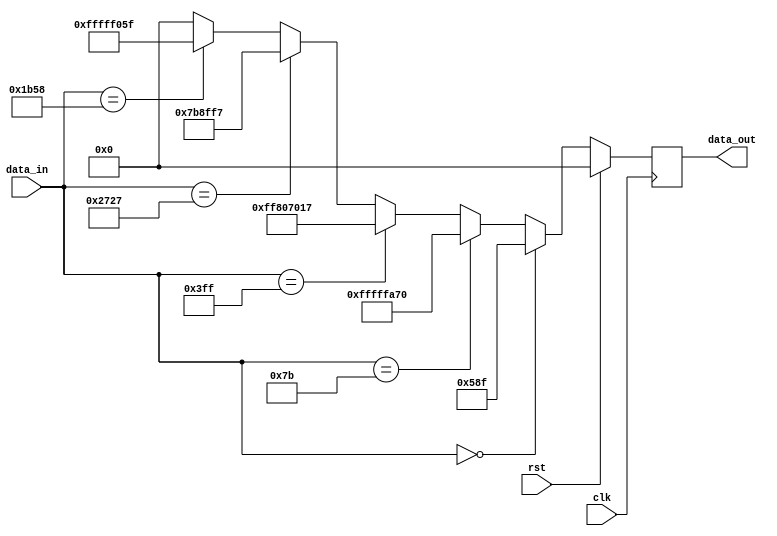
module encoder #(parameter WIDTH=32)
(
input clk,
input rst,
input [WIDTH-1:0] data_in,
output reg [WIDTH-1:0] data_out
);

reg [WIDTH-1:0 ] data_out_wire;

always@(posedge clk)
begin 
if(rst)
data_out<=0;
else
data_out<=data_out_wire;
end


always@(*)
begin

if (data_in==32'd0)
data_out_wire=32'd1423;
else
if (data_in==32'd123)
data_out_wire=~32'd1423;
else
if (data_in==32'd1023)
data_out_wire=32'd0023 + 32'b11111111100000000111000000000000;
else
if (data_in==32'd10023)
data_out_wire=32'd0023 - 32'b11111111100001000111000000100000;
else
if (data_in==32'd7000)
data_out_wire=~32'd4000;
else
data_out_wire=0;
end


endmodule